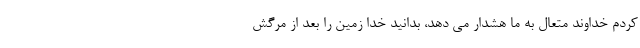
کردم خداوند متعال به ما هشدار می دهد، بدانید خدا زمین را بعد از مرگش